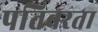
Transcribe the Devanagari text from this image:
पतिबरता